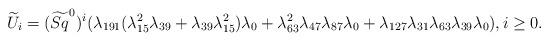
LaTeX: \begin{align*}\widetilde{U}_i=(\widetilde{Sq}^0)^i(\lambda_{191}(\lambda_{15}^2\lambda_{39}+\lambda_{39}\lambda_{15}^2)\lambda_0+\lambda_{63}^2\lambda_{47}\lambda_{87}\lambda_0+\lambda_{127}\lambda_{31}\lambda_{63}\lambda_{39}\lambda_0), i\geq0.\end{align*}